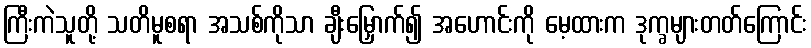
ကြီးကဲသူတို့ သတိမူစရာ အသစ်ကိုသာ ချီးမြှောက်၍ အဟောင်းကို မေ့ထားက ဒုက္ခများတတ်ကြောင်း